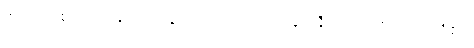
ထင်တတ်၏။ လဟုရူပပဒဋ္ဌာနာ၊ ပေါ့ ပါးသောရုပ်လျှင် နီးစွာသောအကြောင်းရှိ၏။